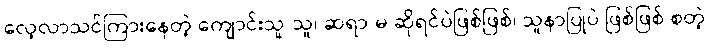
လေ့လာသင်ကြားနေတဲ့ ကျောင်းသူ/သူ၊ ဆရာ/မ ဆိုရင်ပဲဖြစ်ဖြစ်၊ သူနာပြုပဲ ဖြစ်ဖြစ် စတဲ့